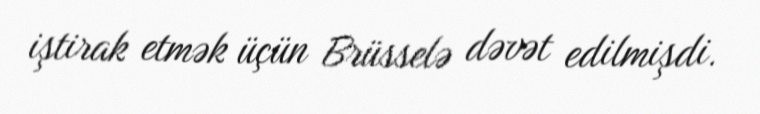
iştirak etmək üçün Brüsselə dəvət edilmişdi.